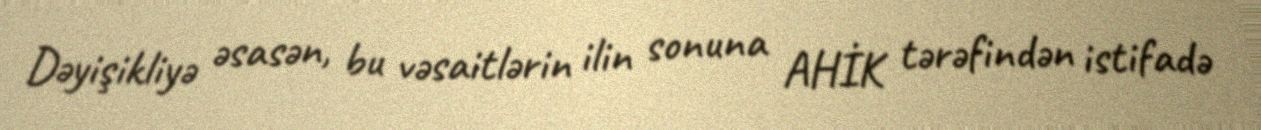
Dəyişikliyə əsasən, bu vəsaitlərin ilin sonuna AHİK tərəfindən istifadə